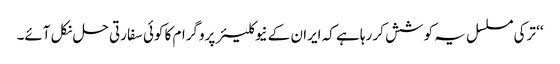
‘‘ ترکی مسلسل یہ کوشش کر رہا ہے کہ ایران کے نیوکلیئر پروگرام کا کوئی سفارتی حل نکل آئے۔